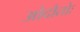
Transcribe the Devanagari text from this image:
ओदौतोः